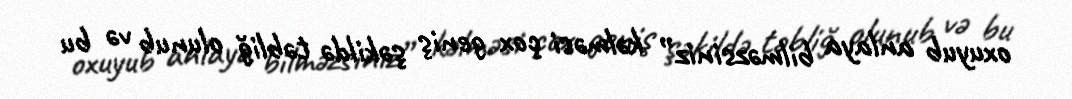
oxuyub anlaya bilməzsiniz” kəlməsi çox geniş şəkildə təbliğ olunub və bu